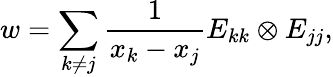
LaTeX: w=\sum_{k\neq j}\frac{1}{x_{k}-x_{j}}E_{kk}\otimes E_{jj},